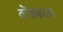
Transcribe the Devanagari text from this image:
तोंडकळा